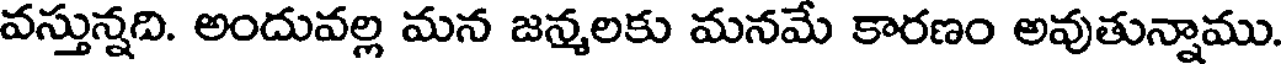
వస్తున్నది. అందువల్ల మన జన్మలకు మనమే కారణం అవుతున్నాము.